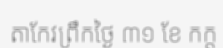
តាកែវព្រឹកថ្ងៃ ៣១ ខែ កក្ត